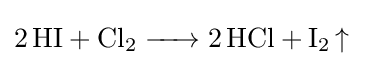
{\ce {2HI + Cl2 -> 2HCl + I2 ^}}